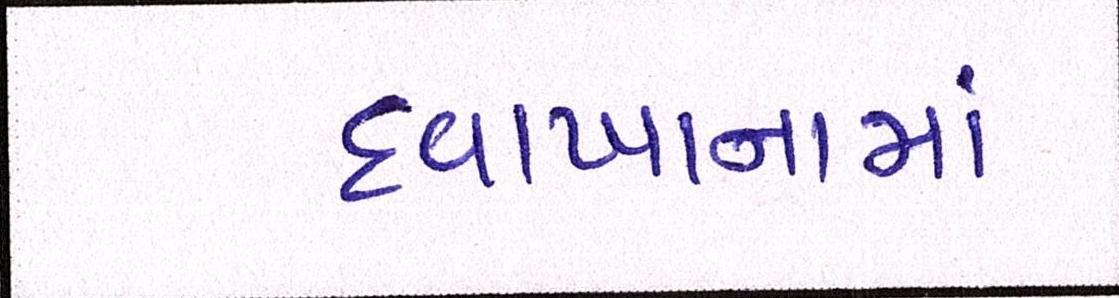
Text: દવાખાનામાં